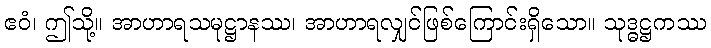
ဧဝံ၊ ဤသို့။ အာဟာရသမုဋ္ဌာနဿ၊ အာဟာရလျှင်ဖြစ်ကြောင်းရှိသော။ သုဒ္ဓဋ္ဌကဿ